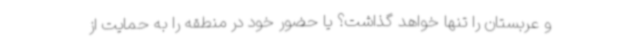
و عربستان را تنها خواهد گذاشت؟ یا حضور خود در منطقه را به حمایت از